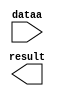
// megafunction wizard: %LPM_ADD_SUB%VBB%
// GENERATION: STANDARD
// VERSION: WM1.0
// MODULE: LPM_ADD_SUB 

// ============================================================
// Megafunction Name(s):
// 			LPM_ADD_SUB
//
// Simulation Library Files(s):
// 			lpm
// ============================================================
// ************************************************************
// THIS IS A WIZARD-GENERATED FILE. DO NOT EDIT THIS FILE!
//
// 13.1.0 Build 162 10/23/2013 SJ Web Edition
// ************************************************************

//Copyright (C) 1991-2013 Altera Corporation
//Your use of Altera Corporation's design tools, logic functions 
//and other software and tools, and its AMPP partner logic 
//functions, and any output files from any of the foregoing 
//(including device programming or simulation files), and any 
//associated documentation or information are expressly subject 
//to the terms and conditions of the Altera Program License 
//Subscription Agreement, Altera MegaCore Function License 
//Agreement, or other applicable license agreement, including, 
//without limitation, that your use is for the sole purpose of 
//programming logic devices manufactured by Altera and sold by 
//Altera or its authorized distributors.  Please refer to the 
//applicable agreement for further details.

module lpm_add_sub2 (
	dataa,
	result);

	input	[4:0]  dataa;
	output	[4:0]  result;

endmodule

// ============================================================
// CNX file retrieval info
// ============================================================
// Retrieval info: PRIVATE: CarryIn NUMERIC "0"
// Retrieval info: PRIVATE: CarryOut NUMERIC "0"
// Retrieval info: PRIVATE: ConstantA NUMERIC "0"
// Retrieval info: PRIVATE: ConstantB NUMERIC "4"
// Retrieval info: PRIVATE: Function NUMERIC "1"
// Retrieval info: PRIVATE: INTENDED_DEVICE_FAMILY STRING "MAX V"
// Retrieval info: PRIVATE: LPM_PIPELINE NUMERIC "0"
// Retrieval info: PRIVATE: Latency NUMERIC "0"
// Retrieval info: PRIVATE: Overflow NUMERIC "0"
// Retrieval info: PRIVATE: RadixA NUMERIC "10"
// Retrieval info: PRIVATE: RadixB NUMERIC "10"
// Retrieval info: PRIVATE: Representation NUMERIC "1"
// Retrieval info: PRIVATE: SYNTH_WRAPPER_GEN_POSTFIX STRING "0"
// Retrieval info: PRIVATE: ValidCtA NUMERIC "0"
// Retrieval info: PRIVATE: ValidCtB NUMERIC "1"
// Retrieval info: PRIVATE: WhichConstant NUMERIC "2"
// Retrieval info: PRIVATE: aclr NUMERIC "0"
// Retrieval info: PRIVATE: clken NUMERIC "0"
// Retrieval info: PRIVATE: nBit NUMERIC "5"
// Retrieval info: PRIVATE: new_diagram STRING "1"
// Retrieval info: LIBRARY: lpm lpm.lpm_components.all
// Retrieval info: CONSTANT: LPM_DIRECTION STRING "SUB"
// Retrieval info: CONSTANT: LPM_HINT STRING "ONE_INPUT_IS_CONSTANT=YES,CIN_USED=NO"
// Retrieval info: CONSTANT: LPM_REPRESENTATION STRING "UNSIGNED"
// Retrieval info: CONSTANT: LPM_TYPE STRING "LPM_ADD_SUB"
// Retrieval info: CONSTANT: LPM_WIDTH NUMERIC "5"
// Retrieval info: USED_PORT: dataa 0 0 5 0 INPUT NODEFVAL "dataa[4..0]"
// Retrieval info: USED_PORT: result 0 0 5 0 OUTPUT NODEFVAL "result[4..0]"
// Retrieval info: CONNECT: @dataa 0 0 5 0 dataa 0 0 5 0
// Retrieval info: CONNECT: @datab 0 0 5 0 4 0 0 5 0
// Retrieval info: CONNECT: result 0 0 5 0 @result 0 0 5 0
// Retrieval info: GEN_FILE: TYPE_NORMAL lpm_add_sub2.v TRUE
// Retrieval info: GEN_FILE: TYPE_NORMAL lpm_add_sub2.inc FALSE
// Retrieval info: GEN_FILE: TYPE_NORMAL lpm_add_sub2.cmp FALSE
// Retrieval info: GEN_FILE: TYPE_NORMAL lpm_add_sub2.bsf TRUE FALSE
// Retrieval info: GEN_FILE: TYPE_NORMAL lpm_add_sub2_inst.v FALSE
// Retrieval info: GEN_FILE: TYPE_NORMAL lpm_add_sub2_bb.v TRUE
// Retrieval info: LIB_FILE: lpm